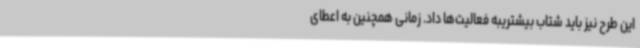
این طرح نیز باید شتاب بیشتریبه فعالیت‌ها داد. زمانی همچنین به اعطای